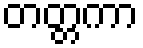
တတ္တကာ